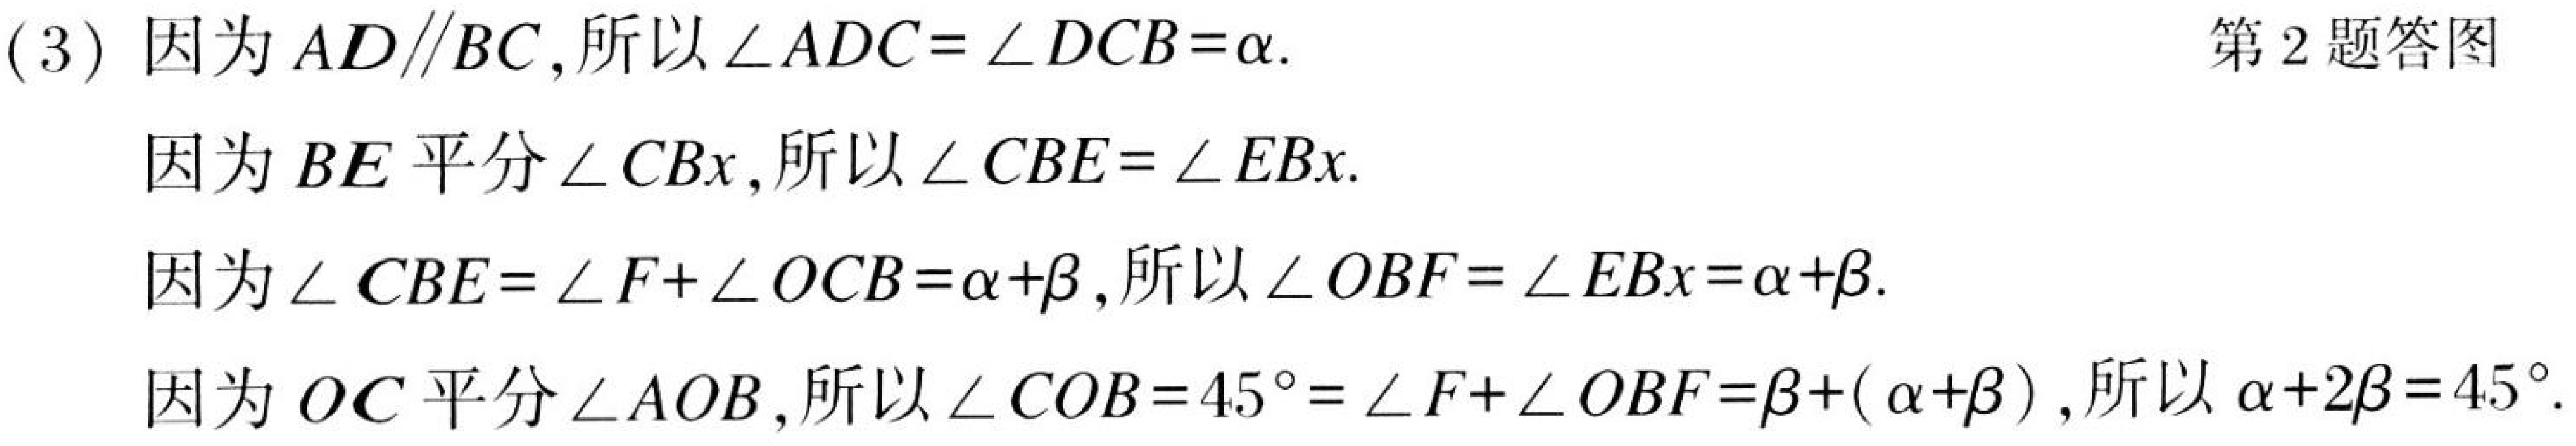
(3) 因为\(AD\parallel BC\)，所以\(\angle ADC = \angle DCB=\alpha\).
因为\(BE\)平分\(\angle CBx\)，所以\(\angle CBE = \angle EBx\).
因为\(\angle CBE=\angle F + \angle OCB=\alpha+\beta\)，所以\(\angle OBF=\angle EBx=\alpha+\beta\).
因为\(OC\)平分\(\angle AOB\)，所以\(\angle COB = 45^{\circ}=\angle F+\angle OBF=\beta+(\alpha+\beta)\)，所以\(\alpha + 2\beta=45^{\circ}\). 第2题答图